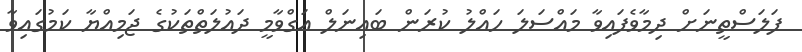
ފަލަސްތީނަށް ދިމާވެފައިވާ މައްސަލަ ހައްލު ކުރަން ބައިނަލް އަގްވާމީ ދައުލަތްތަކުގެ ޖަމިއްޔާ ކަމުގައިވާ